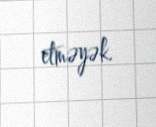
etməyək.